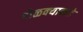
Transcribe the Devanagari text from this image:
टोळक्याकडे